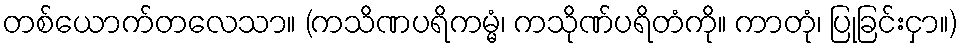
တစ်ယောက်တလေသာ။ (ကသိဏပရိကမ္မံ၊ ကသိုဏ်ပရိတံကို။ ကာတုံ၊ ပြုခြင်းငှာ။)